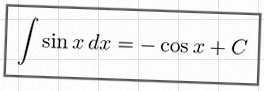
\int \sin x\,dx=-\cos x+C